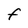
Character: F